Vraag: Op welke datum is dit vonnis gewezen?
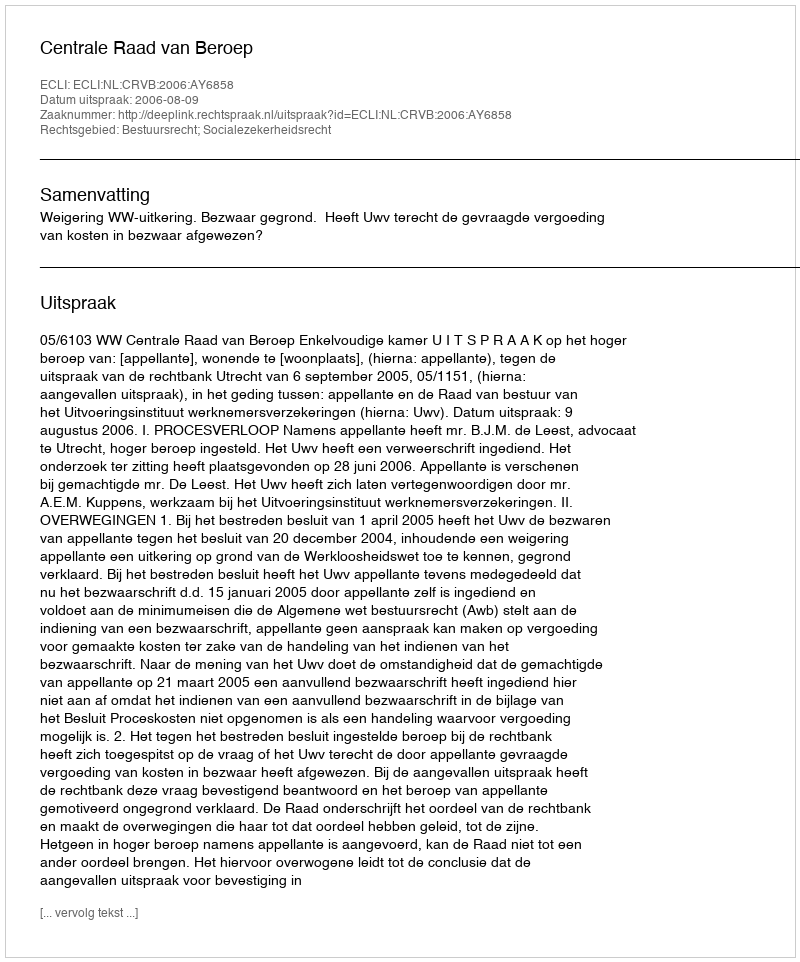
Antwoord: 2006-08-09